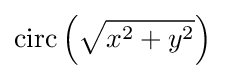
\operatorname {circ} \left({\sqrt {x^{2}+y^{2}}}\right)